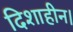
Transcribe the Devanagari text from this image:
दिशाहीन।